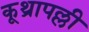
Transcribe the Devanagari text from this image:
कूथ्रापल्ली